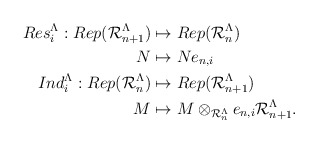
\begin{align*}\begin{aligned}Res_i^{\Lambda}:Rep(\mathcal{R}_{n+1}^{\Lambda}) &\mapsto Rep(\mathcal{R}_{n}^{\Lambda}) \\N&\mapsto Ne_{n,i}\\Ind_i^{\Lambda}:Rep(\mathcal{R}_{n}^{\Lambda}) &\mapsto Rep(\mathcal{R}_{n+1}^{\Lambda})\\M&\mapsto M\otimes_{\mathcal{R}_{n}^{\Lambda}} e_{n,i}\mathcal{R}_{n+1}^{\Lambda}. \end{aligned}\end{align*}